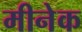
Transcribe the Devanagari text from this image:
मीनेक